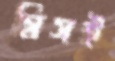
গ্রিসই